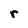
Character: r